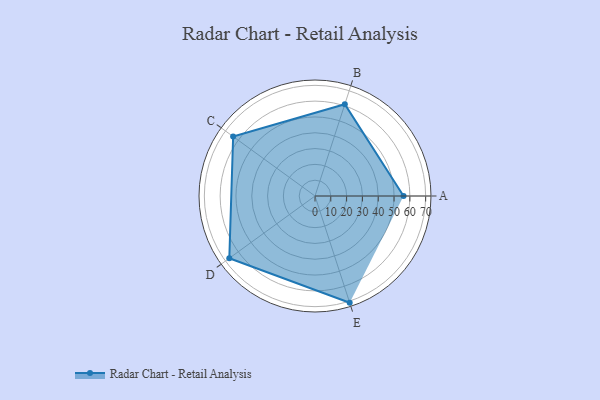
{"axis": {"x": "Skill", "y": "Score"}, "legend": ["Profile"], "data": [{"x": "A", "y": 56.0, "type": "Profile"}, {"x": "B", "y": 61.0, "type": "Profile"}, {"x": "C", "y": 64.0, "type": "Profile"}, {"x": "D", "y": 67.0, "type": "Profile"}, {"x": "E", "y": 71.0, "type": "Profile"}]}